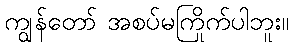
ကျွန်တော် အစပ်မကြိုက်ပါဘူး။